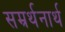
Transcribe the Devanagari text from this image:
सम्रर्थनार्थ